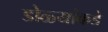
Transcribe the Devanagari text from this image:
डोळ्यांकडे